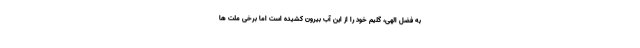
به فضل الهی، گلیم خود را از این آب بیرون کشیده است اما برخی ملت ها